Annual statistical returns and brief notes on vaccination in Bengal - 1909-1929
Year: 1909
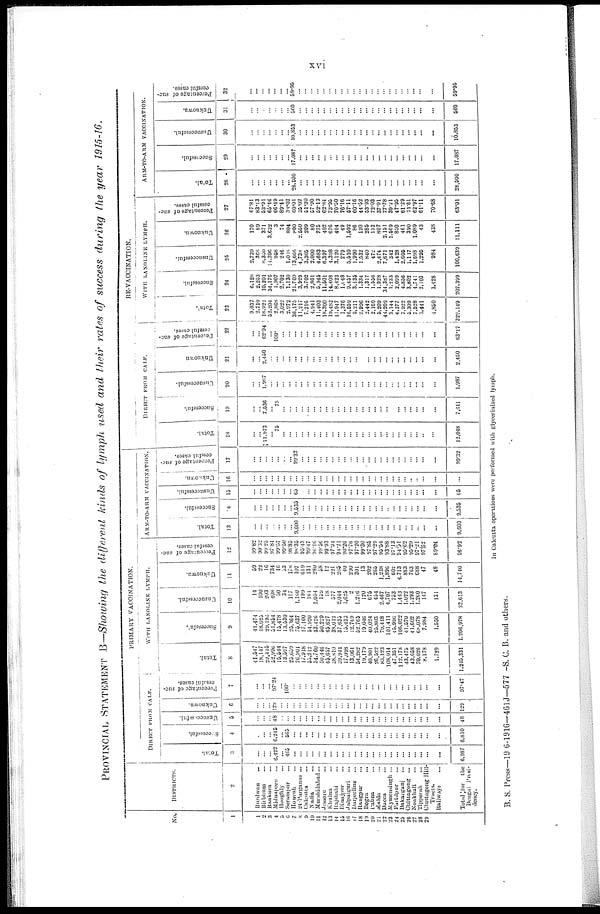
xvi
PROVINCIAL STATEMENT B—Showing the different kinds of lymph used and their rates of success during the year 1915-16.
No.
1
1
2 3
4
5
6
7
8
9
10
11
12
13
14
15
16
17
18
19
20
21
22
23
24
25
26
27
28
29
DISTRICTS.
2
Burdwan ...
Birbhum ...
Bankura ...
Midnapore ...
Hooghly ...
Serampur ...
Howrah ...
24-Parganas ...
Calcutta ...
Nadia ...
Murshidabad...
Jessore ...
Khulna ...
Rajshahi ...
Dinajpur ...
Jalpaiguri ...
Darjeeling ...
Rangpur ...
Bogra ...
Pabna ...
Malda ...
Dacca ...
Mymensingh ...
Furidpur ...
Bakarganj ...
Chittagong ...
Noakhali ...
Tipperah ...
Chittagong Hill-
Tracts.
Railways
Total for the
Bengal Presi-
dency.
PRIMARY VACCINATION.
DIRECT FROM CALF.
Total.
3
...
...
... 6,422
... 465
...
...
...
...
...
...
...
...
...
...
...
... ...
...
...
...
...
...
... ...
...
...
...
...
6,987
Successful.
4
...
...
... 6,246
... 565
...
...
...
...
...
...
...
... ...
...
...
...
... ...
...
...
...
...
...
...
... ...
...
...
6,810
Unsuccessful.
5
...
...
... 48
...
...
...
...
...
...
...
...
...
...
...
...
...
...
...
...
...
...
...
...
...
...
...
...
...
...
48
Unknown.
6
...
...
...
129
...
...
...
...
...
...
...
...
...
...
...
...
...
...
...
...
...
...
...
...
...
...
...
...
...
...
129
Percentage of suc
cessful cases.
7
...
...
... 97.24
... 100.
...
...
...
...
...
...
...
... ...
...
...
...
...
...
...
...
...
...
...
...
...
...
...
...
97.47
WITH LANOLINE LYMPH.
Total.
8
41,547
18,147
29,415
52,996
15,544
13,597
25,659
76,901
17,918
55,212
34,760
50,446
45,657
28,810
39,944
17,098
13,061
54,282
19,179
40,901
26,522
83,123
108,014
47,351
112,178
43,475
43,658
70,026
8,178
1,729
1,245,331
Successful.
9
41,474
18,025
29,196
51,854
15,478
13,530
25,364
75,637
17,100
54,920
33,426
50,229
45,627
38,012
37,635
15,433
12,769
52,765
19,046
40,024
25,803
79,418
101,411
45,996
106,022
41,570
41,602
68,078
7,984
1,550
1,206,978
Unsuccessful.
10
14
100
203
408
50
34
117
1,160
199
161
1,054
159
18
577
2,044
1,625
2
1,216
120
675
454
2,467
4,707
753
1,443
1,022
1,293
1,260
147
131
23,613
Unknown.
11
59
22
16
734
16
33
178
107
619
131
280
58
12
221
265
40
290
301
13
202
265
1,238
1,896
602
4,713
883
763
688
47
48
14,740
Percentage of suc-
cessful cases.
12
99.82
99.32
99.25
97.84
99.57
99.50
98.85
98.35
95.43
99.47
96.16
99.56
99.93
97.94
94.21
90.26
97.76
97.20
99.30
97.85
97.29
95.54
93.88
97.13
94.51
95.62
95.29
97.21
97.62
89.04
96.92
ARM-TO-ARM VACCINATION.
Total.
13
...
...
...
...
...
...
... 9,600
...
...
...
... ...
...
...
...
...
...
...
...
...
... ...
...
...
...
...
...
...
...
9,600
Successful.
14
...
...
...
...
...
...
... 9,535
...
...
...
...
...
...
...
...
...
...
...
...
...
...
...
...
...
...
...
...
...
...
9,535
Unsuccessful.
15
...
...
...
...
...
...
... 65
...
...
...
... ...
... ...
...
...
...
...
...
...
...
...
... ...
... ...
...
...
...
65
Unknown.
16
...
...
...
...
... ...
...
...
...
...
...
...
...
...
...
...
...
...
...
...
...
...
...
...
...
...
...
...
...
...
...
Percentage of suc-
cessful cases.
17
...
...
...
...
...
...
... 99.32
...
...
...
...
...
...
...
...
...
...
...
...
...
...
...
...
...
...
...
...
...
...
99.32
RE-VACCINATION.
DIRECT FROM CALF.
Total.
18
...
... 11,973
... 75
...
...
...
...
...
...
...
...
...
...
...
...
...
...
...
... ...
...
...
...
...
... ...
...
...
12,048
Successful.
19
...
... 7,536
... 75
...
...
...
...
...
...
...
...
...
...
...
...
...
...
... ...
...
...
... ...
...
...
...
...
...
7,611
Unsuccessful.
20
...
... 1,987
...
...
...
...
...
...
...
...
...
...
...
...
...
...
...
...
...
...
...
...
...
...
...
...
...
...
...
1,987
Unknown
21
...
... 2,450
...
...
...
... ...
...
...
...
...
... ...
...
...
...
...
...
...
...
...
...
...
...
...
...
... ...
...
2,450
Percentage of suc-
cessful cases.
22
...
... 62.94
... 100.
...
... ...
...
...
...
...
...
...
...
...
... ...
...
...
... ...
...
...
...
... ...
...
...
...
63.17
WITH LANOLINE LYMPH.
Total.
23
9,037
2,710
18,922
52,204
2,868
3,022
2,972
36,175
11,217
7,216
4,941
11,403
18,300
19,482
11,947
1,376
16,559
5,211
2,996
2,442
2,160
5,209
44,209
3,144
4,377
7,922
5,309
7,528
3,441
4,850
329,149
Successful.
24
6,128
2,253
10,201
34,176
1,907
2,702
1,130
21,709
3,929
3,702
2,861
5,945
11,501
14,408
8,423
1,048
9,457
3,135
1,334
1,317
1,556
1,928
34,387
1,233
2,099
4,856
3,802
4,741
2,103
3,428
207,399
Unsuccessful.
25
2,739
368
8,350
14,396
968
246
1,068
13,666
4,738
3,305
2,000
4,683
6,397
4,398
3,120
279
5,510
1,990
1,532
840
472
2,474
7,671
342
1,428
2,605
1,117
1,698
1,295
984
100,639
Unknown.
26
170
89
371
3,632
3
74
804
800
2,660
209
80
775
402
676
404
49
1,592
86
130
286
132
807
2,151
1,669
850
461
390
1,089
43
438
21,111
Percentage of suc-
cessful cases.
27
67.81
83.13
53.91
65.46
66.49
89.41
38.02
60.01
35.02
51.30
57.90
52.13
62.84
73.95
70.50
76.16
57.11
60.16
44.52
53.93
72.03
37.01
77.78
39.21
47.95
61.29
71.61
62.97
61.11
70.68
63.01
ARM-TO-ARM VACCINATION.
Total.
28
...
...
...
... ...
... ...
28,500
... ...
...
...
...
... ...
...
...
...
...
...
... ...
...
... ...
...
... ...
...
...
28,500
Successful.
29
...
...
...
...
...
...
... 17,087
... ...
...
...
...
...
...
...
...
...
... ...
...
...
...
... ...
...
... ...
...
...
17,087
Unsuccessful.
30
...
...
... ...
... ...
... 10,853
...
...
...
...
...
...
...
... ...
...
...
...
... ...
...
...
...
... ...
...
...
...
10,853
Unknown.
31
...
...
...
...
...
...
... 560
...
...
...
...
...
...
...
...
...
...
... ...
...
...
...
...
...
... ...
...
...
...
560
Percentage of suc-
cessful cases.
32
...
...
...
...
...
...
... 59.96
...
...
...
...
...
...
...
...
...
...
...
...
...
...
...
...
...
...
...
...
...
59.95
In Calcutta operations were performed with glycerinized lymph.
B. S. Press—19 6-1916—461J—577 -S. C. B. and others.